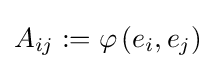
A_{ij}:=\varphi \left(e_{i},e_{j}\right)